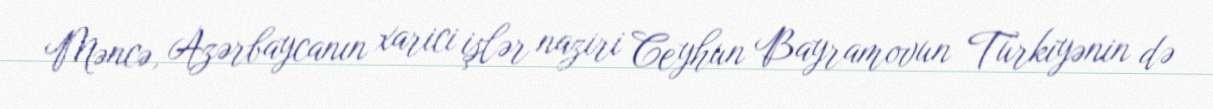
Məncə, Azərbaycanın xarici işlər naziri Ceyhun Bayramovun Türkiyənin də